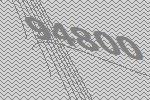
94800